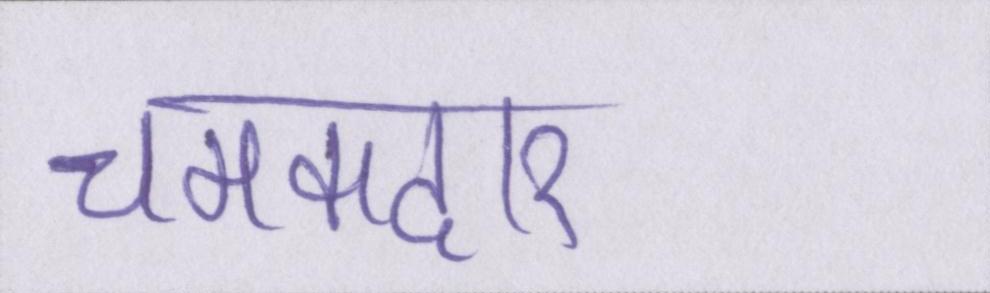
चमकदार